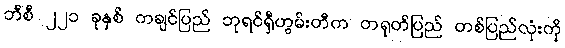
ဘီစီ ၂၂၁ ခုနှစ် ကချင်ပြည် ဘုရင်ရှီဟွမ်းတီက တရုတ်ပြည် တစ်ပြည်လုံးကို